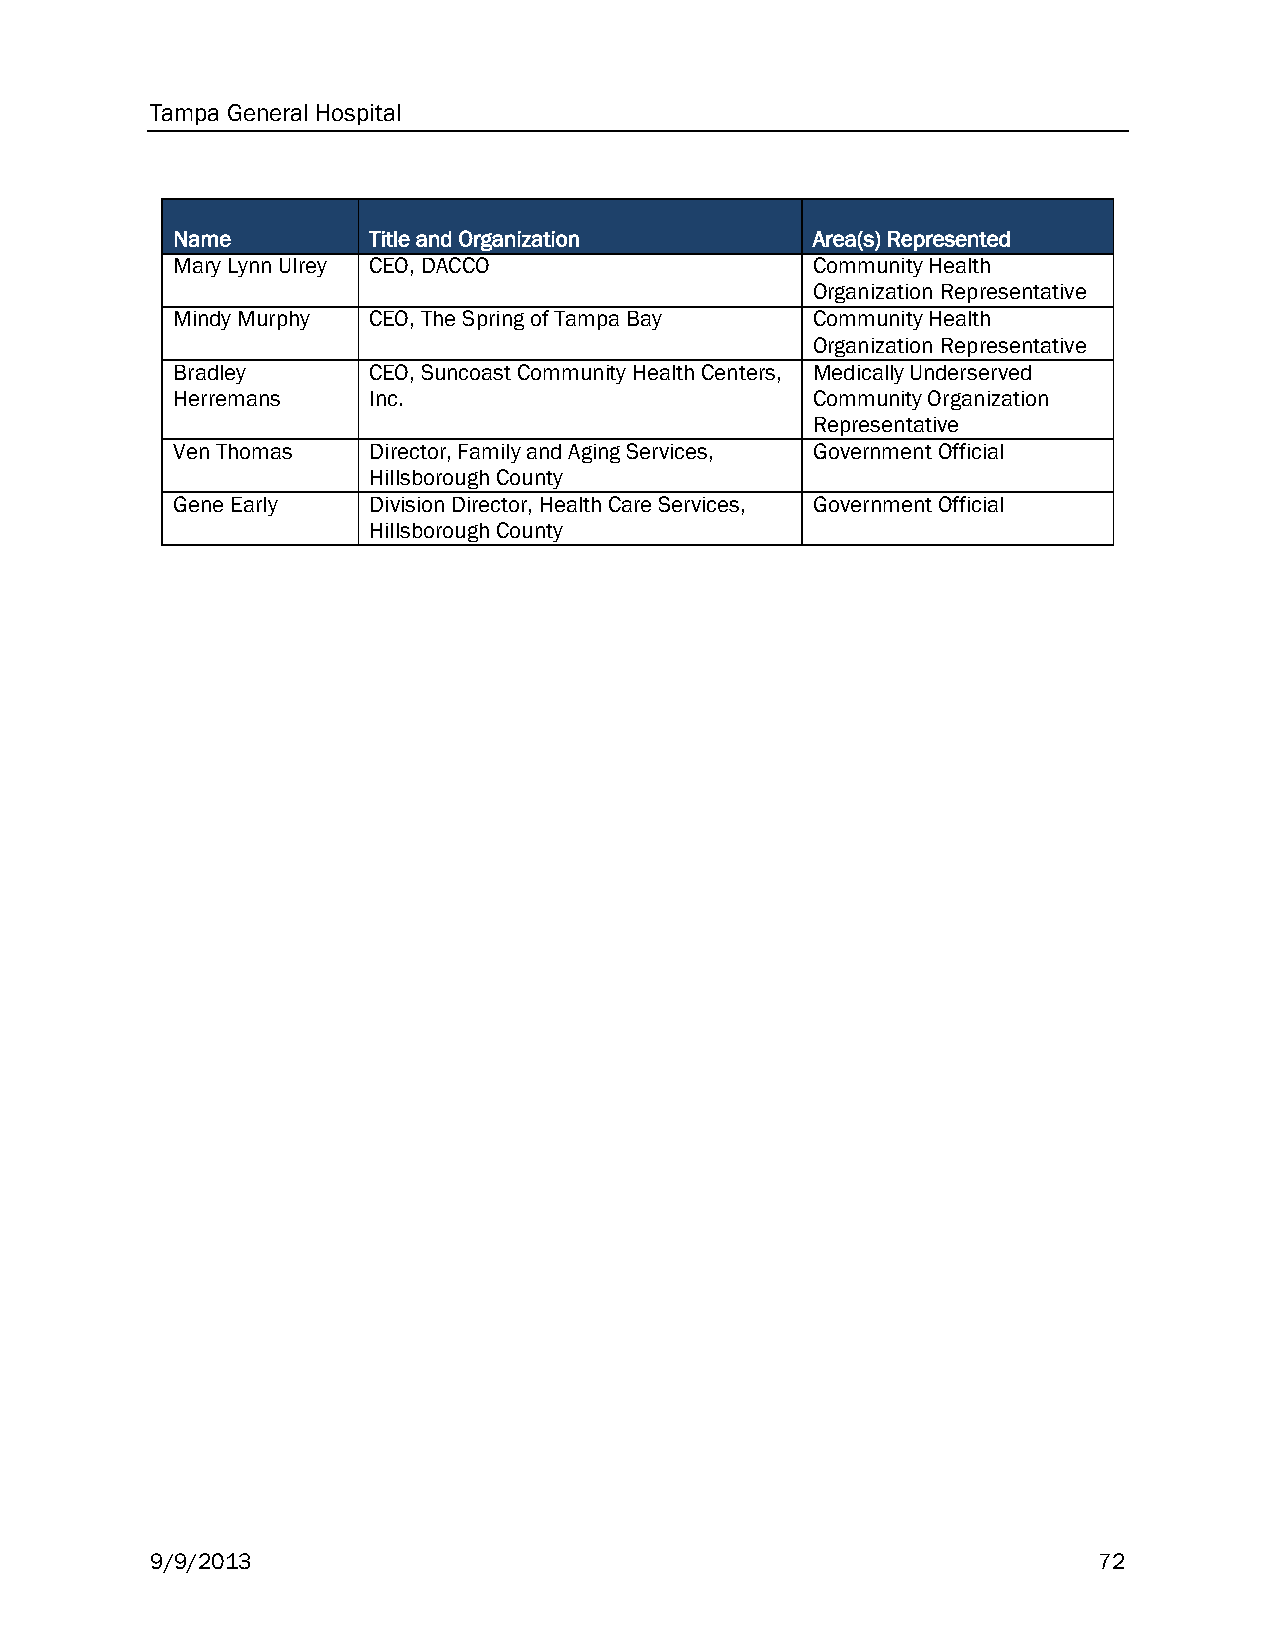
Tampa General Hospital
 Name         Title and Organization        Area(s) Represented
 Mary Lynn Ulrey CEO, DACCO                 Community Health
 Organization Representative
 Mindy Murphy CEO, The Spring of Tampa Bay  Community Health
 Organization Representative
 Bradley      CEO, Suncoast Community Health Centers, Medically Underserved
 Herremans    Inc.                          Community Organization
 Representative
 Ven Thomas   Director, Family and Aging Services, Government Official
 Hillsborough County
 Gene Early   Division Director, Health Care Services, Government Official
 Hillsborough County
 9/9/2013                                                       72